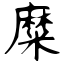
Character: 糜